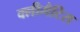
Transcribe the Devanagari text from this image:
क्लीमैटिस